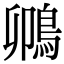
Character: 𫚵